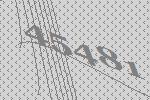
45481